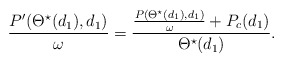
\begin{align*}\frac{P'(\Theta^{\star}(d_1),d_1)}{\omega}=\frac{\frac{P(\Theta^{\star}(d_1),d_1)}{\omega}+P_c(d_1)}{\Theta^{\star}(d_1)}.\end{align*}